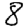
Digit: 8